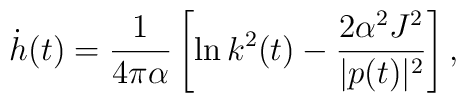
\dot h(t) = \frac{1}{4\pi\alpha}\left[ \ln k^2(t) - \frac{2\alpha^2J^2}{|p(t)|^2} \right],